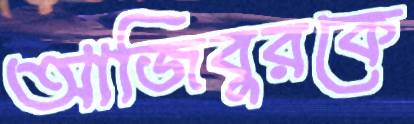
আজিবুরকে